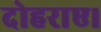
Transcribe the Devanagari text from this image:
दोहराए।